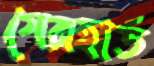
গেরহার্ড